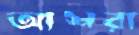
আশরা